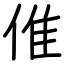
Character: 倠